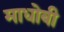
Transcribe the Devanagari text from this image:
माधोबी